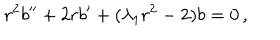
r ^ { 2 } b ^ { \prime \prime } + 2 r b ^ { \prime } + ( \lambda _ { 1 } r ^ { 2 } - 2 ) b = 0 \, ,